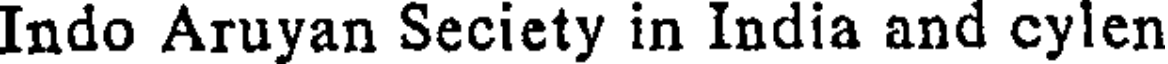
Indo Aruyan Seciety in India and cylen